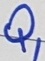
Text: Q1